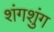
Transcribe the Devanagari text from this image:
शंगशुंग